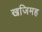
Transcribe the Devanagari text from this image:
खजिमह